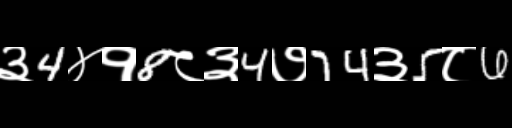
Text: ३4४१8८३4७74३5८6